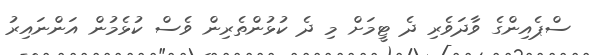
ސްޕެއިންގެ ވާދަވެރި ދެ ޓީމަށް މި ދެ ކުޅުންތެރިން ވެސް ކުޅެމުން އަންނައިރު